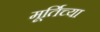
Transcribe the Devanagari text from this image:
मूर्तिच्या